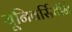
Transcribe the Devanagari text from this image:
यूनिवर्सिटीने